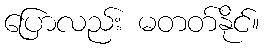
ပြောလည်း မတတ်နိုင်။